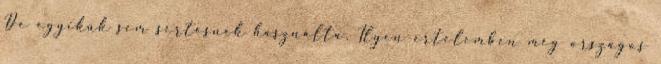
De egyikük sem sértésnek használta. Ilyen értelemben még országos